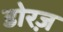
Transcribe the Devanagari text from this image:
डोरज़